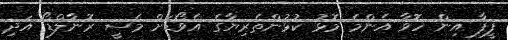
ފީފާ އިން ހޮވާ އެންމެ މޮޅު ކުޅުންތެރިޔާގެ އެވޯޑަށް މެސީ ރޮނާލްޑޯ އަދި